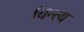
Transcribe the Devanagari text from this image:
चिन्त्य